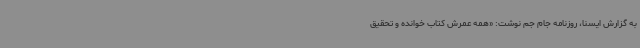
به گزارش ایسنا، روزنامه جام جم نوشت: «همه عمرش کتاب خوانده و تحقیق